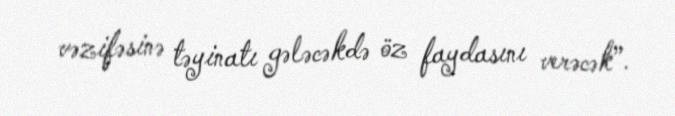
vəzifəsinə təyinatı gələcəkdə öz faydasını verəcək”.